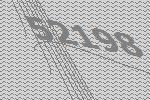
52198